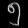
Digit: ၅